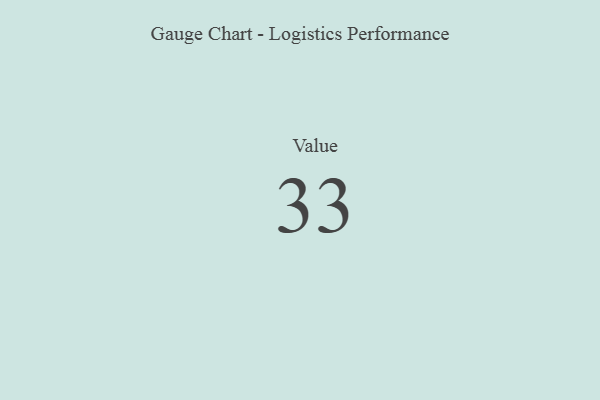
{"axis": {"x": "Metric", "y": "Value"}, "legend": [""], "data": [{"x": "Value", "y": 33, "type": ""}]}